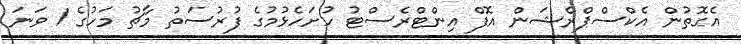
އެގޮތުން އެކްސްޕްރެޝަން އޮފް އިންޓްރެސްޓު ހުށަހެޅުމުގެ ފުރުސަތު މާޗު މަހުގެ 1 ވަނަ